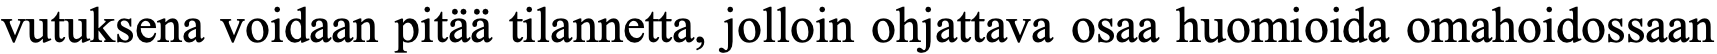
vutuksena voidaan pitää tilannetta, jolloin ohjattava osaa huomioida omahoidossaan